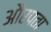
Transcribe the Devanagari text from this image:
औरपता